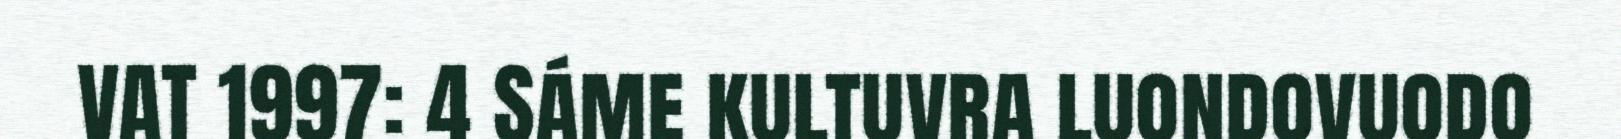
VAT 1997: 4 Sáme kultuvra luondovuodo